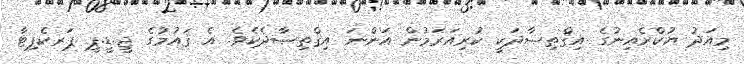
މިއަދު ޔުކްރެއިނުގެ އިޤްތިޞާދަކީ ކުރިއަރަމުން އަންނަ އިޤްތިޞާދެކެވެ. އެ ޤައުމުގެ ޖީ.ޑީ.ޕީ ޕަރކެޕިޓާ